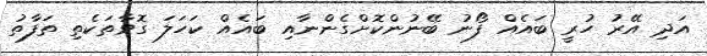
އަދި އޭރު ހުރީ ބައެއް ފޯނު ބޭނުންކޮށްގެންނާއި ބައެއް ކަހަލަ ގޮވާތަކެތި ތަފާތު